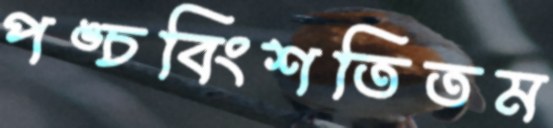
পঙ্চবিংশতিতম